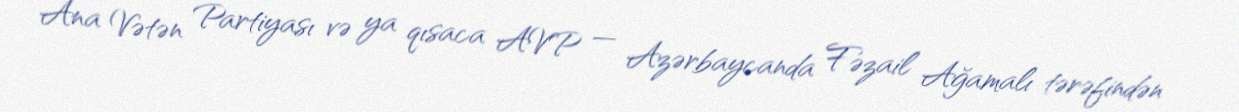
Ana Vətən Partiyası və ya qısaca AVP — Azərbaycanda Fəzail Ağamalı tərəfindən